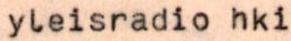
yleisradio hki